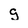
Character: g